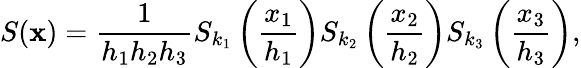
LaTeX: S(\mathbf x)=\frac{1}{h_{1}h_{2}h_{3}}S_{k_{1}}\left(\frac{x_{1}}{h_{1}}\right)S_{k_{2}}\left(\frac{x_{2}}{h_{2}}\right)S_{k_{3}}\left(\frac{x_{3}}{h_{3}}\right),